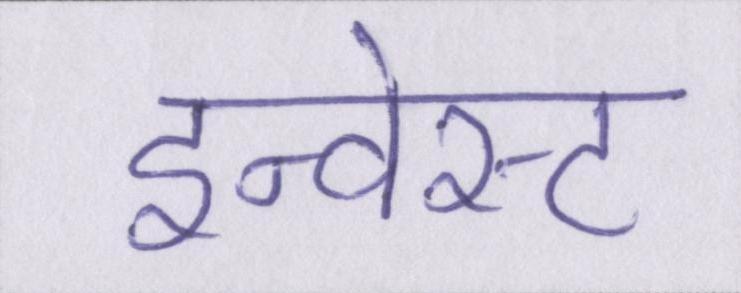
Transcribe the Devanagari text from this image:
इन्वेस्ट